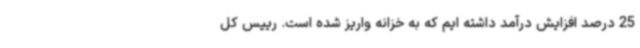
25 درصد افزایش درآمد داشته ایم که به خزانه واریز شده است. رییس کل